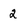
Character: 2